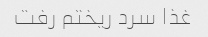
غذا سرد ریختم رفت